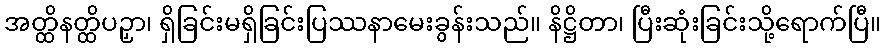
အတ္ထိနတ္ထိပဉှာ၊ ရှိခြင်းမရှိခြင်းပြဿနာမေးခွန်းသည်။ နိဋ္ဌိတာ၊ ပြီးဆုံးခြင်းသို့ရောက်ပြီ။